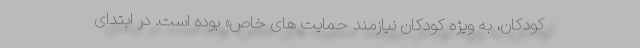
کودکان، به ویژه کودکان نیازمند حمایت های خاص» بوده است. در ابتدای